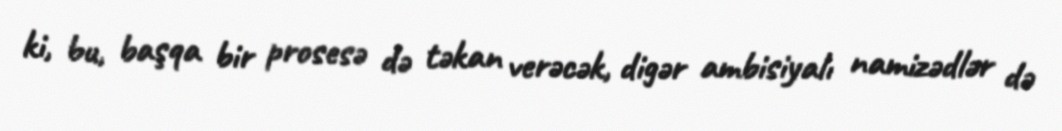
ki, bu, başqa bir prosesə də təkan verəcək, digər ambisiyalı namizədlər də